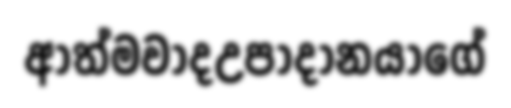
ආත්මවාදඋපාදානයාගේ